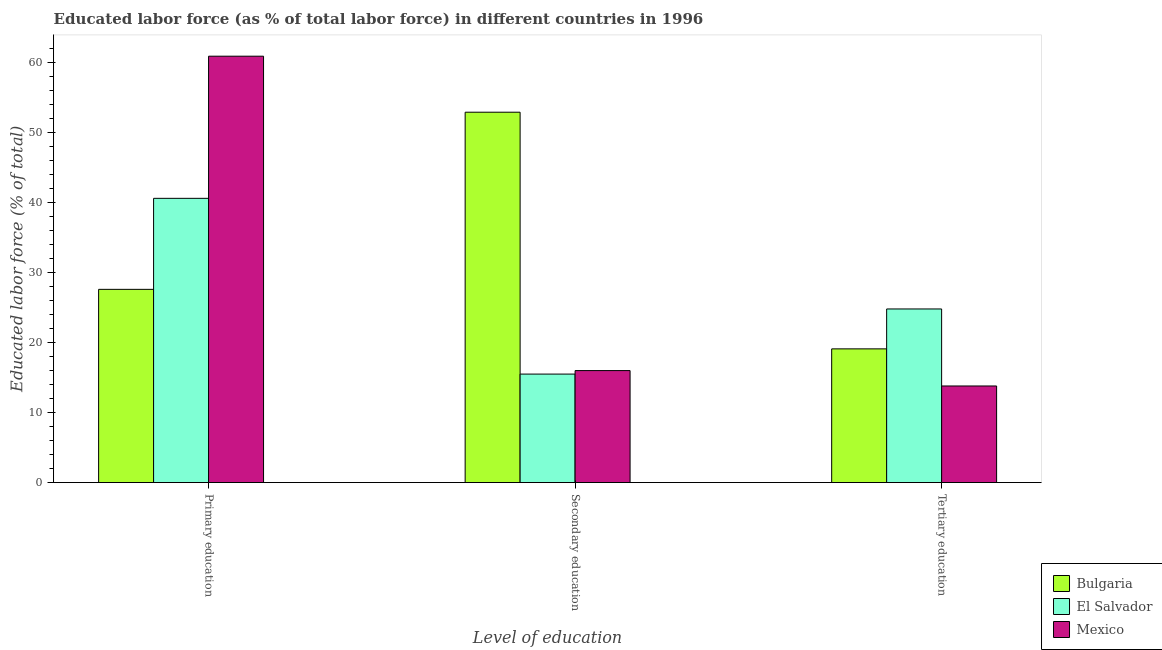
| Level of education | Bulgaria | El Salvador | Mexico |
 | --- | --- | --- | --- |
 | Primary education | 27.6 | 40.6 | 60.9 |
 | Secondary education | 52.9 | 15.5 | 16 |
 | Tertiary education | 19.1 | 24.8 | 13.8 |